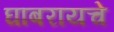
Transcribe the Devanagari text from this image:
घाबरायचे